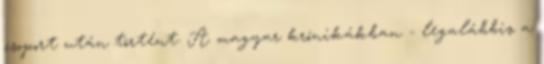
csoport után történt. A magyar krónikákban - legalábbis a